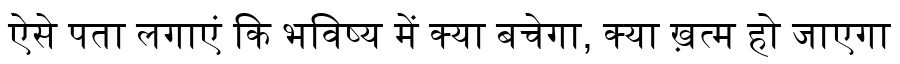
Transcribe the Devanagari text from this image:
ऐसे पता लगाएं कि भविष्य में क्या बचेगा, क्या ख़त्म हो जाएगा